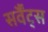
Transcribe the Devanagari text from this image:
सर्वैंट्स